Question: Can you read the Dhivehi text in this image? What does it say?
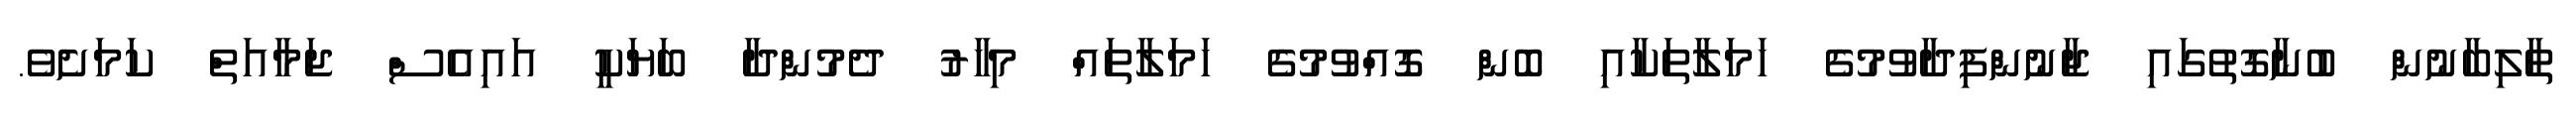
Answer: ތާލިބާނުން ބުނާގޮތުގައި ޖާނުންފިދާވުމުގެ ހަމަލާތަކާއި ބޮން ގޮއްވުމުގެ ހަމަލާތައް މިހާރު ދެމުންދާ ބަޔަކީ އައިއެސް ޖަމާއަތް ކަމަށެވެ.